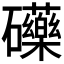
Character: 𮁚